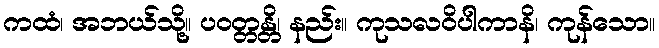
ကထံ၊ အဘယ်သို့။ ပဝတ္တန္တိ၊ နည်း။ ကုသလဝိပါကာနိ၊ ကုန်သော။